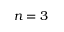
n = 3